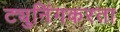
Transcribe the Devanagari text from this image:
ट्युनिंगकरता